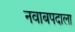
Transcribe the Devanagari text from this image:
नवाबपदाला